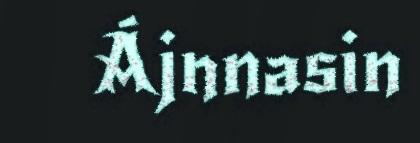
Ájnnasin